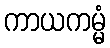
ကာယကမ္မံ